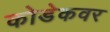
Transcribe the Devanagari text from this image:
कोडेकवर